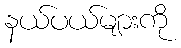
နယ်ပယ်များကို